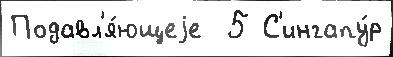
Подавл'я́ющеjе  5 С'ингапу́р